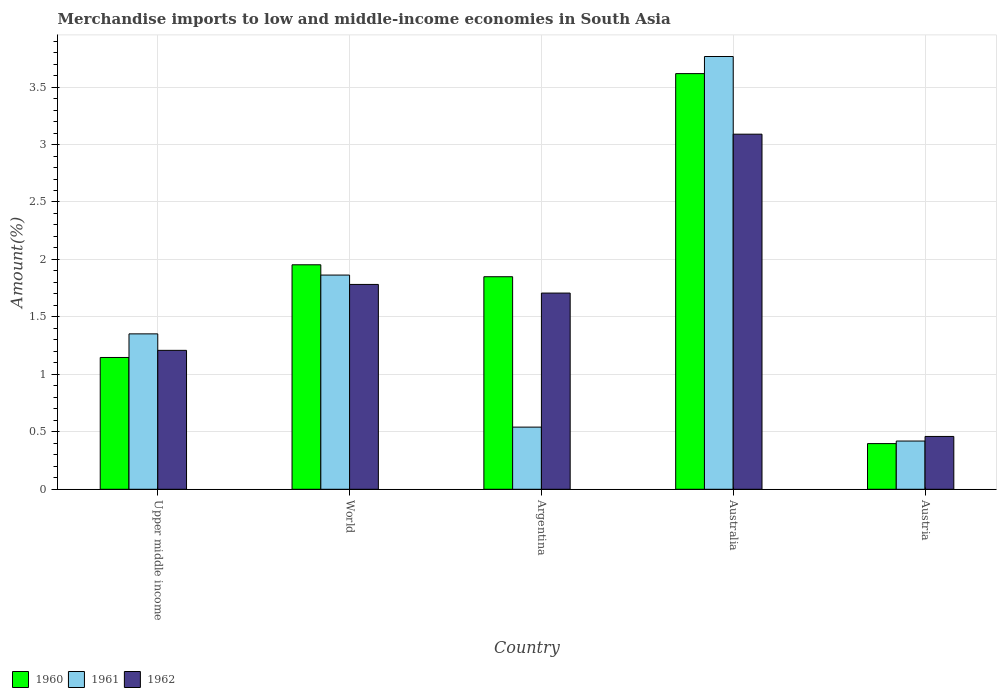
| Country | 1960 | 1961 | 1962 |
 | --- | --- | --- | --- |
 | Upper middle income | 1.15 | 1.35 | 1.21 |
 | World | 1.95 | 1.86 | 1.78 |
 | Argentina | 1.85 | 0.541 | 1.71 |
 | Australia | 3.62 | 3.77 | 3.09 |
 | Austria | 0.398 | 0.42 | 0.46 |